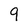
Character: 9